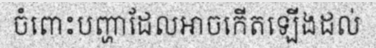
ចំពោះបញ្ហាដែលអាចកើតឡើងដល់